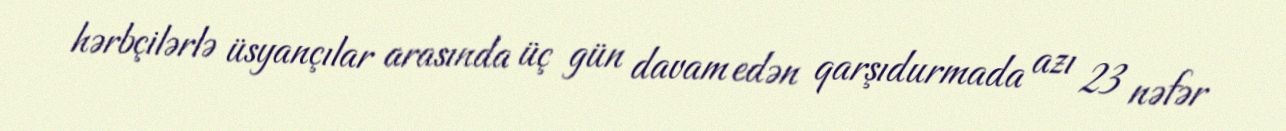
hərbçilərlə üsyançılar arasında üç gün davam edən qarşıdurmada azı 23 nəfər